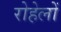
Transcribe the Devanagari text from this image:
रोहेलों